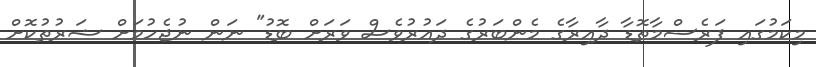
މިކަމުގައި ފަރެސްމާތޮޑާ ދާއިރާގެ މެންބަރުގެ ދައުރުވެސް ވަރަށް ބޮޑު" ނަން ނުޖެހުމަށް ޝަރުތުކޮށް